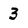
Character: 3